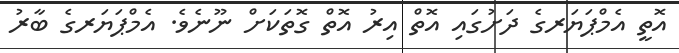
އޮތީ އެމްޕަޔަރގެ ދަށުގައި އޮތް އިރު އޮތް ގޮތަކަށް ނޫނެވެ. އެމްޕަޔަރގެ ބާރު